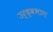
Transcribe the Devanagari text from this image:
उर्ध्वभाग